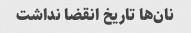
نان‌ها تاریخ انقضا نداشت